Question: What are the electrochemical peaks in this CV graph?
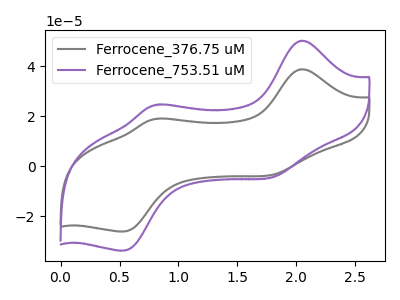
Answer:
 <answer>The gray curve "Ferrocene_376.75 uM" has anodic peaks at (2.05V, 38.90uA) (0.85V, 19.15uA) and cathodic peaks at (1.85V, -3.00uA) (0.55V, -25.95uA). The purple curve "Ferrocene_753.51 uM" has anodic peaks at (2.05V, 50.30uA) (0.85V, 24.75uA) and cathodic peaks at (1.85V, -3.90uA) (0.55V, -33.60uA).</answer>
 <eval></eval>